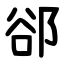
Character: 郤